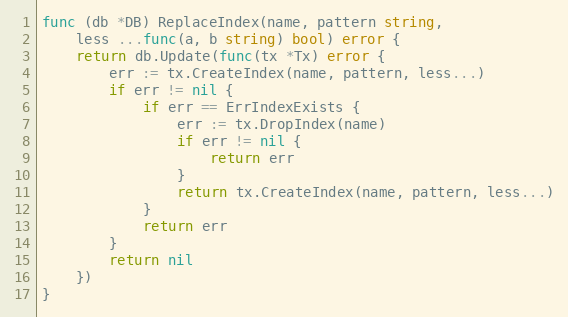
Language: Go
func (db *DB) ReplaceIndex(name, pattern string,
	less ...func(a, b string) bool) error {
	return db.Update(func(tx *Tx) error {
		err := tx.CreateIndex(name, pattern, less...)
		if err != nil {
			if err == ErrIndexExists {
				err := tx.DropIndex(name)
				if err != nil {
					return err
				}
				return tx.CreateIndex(name, pattern, less...)
			}
			return err
		}
		return nil
	})
}